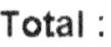
TOTAL :